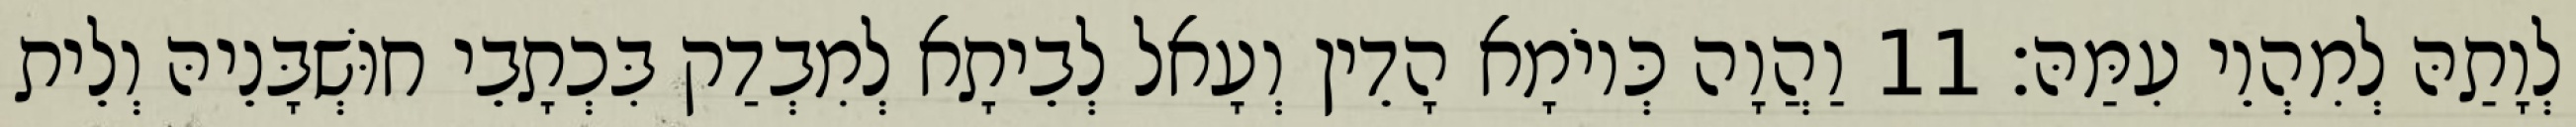
לְוָתַהּ לְמִהְוֵי עִמַּהּ׃ 11 וַהֲוָה כְּיוֹמָא הָדֵין וְעָאל לְבֵיתָא לְמִבְדַק בִּכְתָבֵי חוּשְׁבָּנֵיהּ וְלֵית